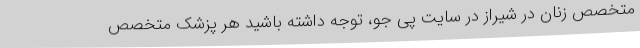
متخصص زنان در شیراز در سایت پی جو، توجه داشته باشید هر پزشک متخصص